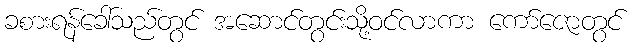
ခစားရန်ခေါ်သည်တွင် အဆောင်တွင်းသို့ဝင်လာကာ ကော်ဇောတွင်